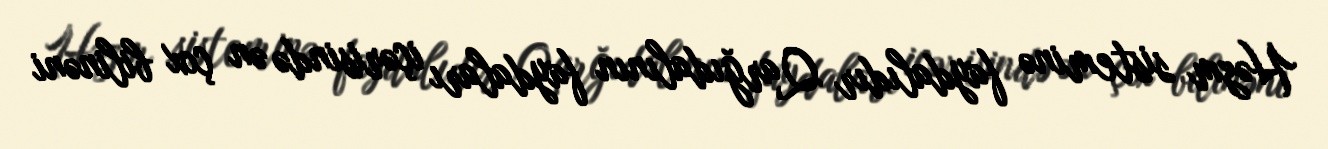
Həzm sisteminə faydalıdır Qarğıdalının faydaları içərisində ən çox bilinəni